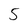
Character: 5